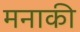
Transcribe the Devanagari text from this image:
मनाकी